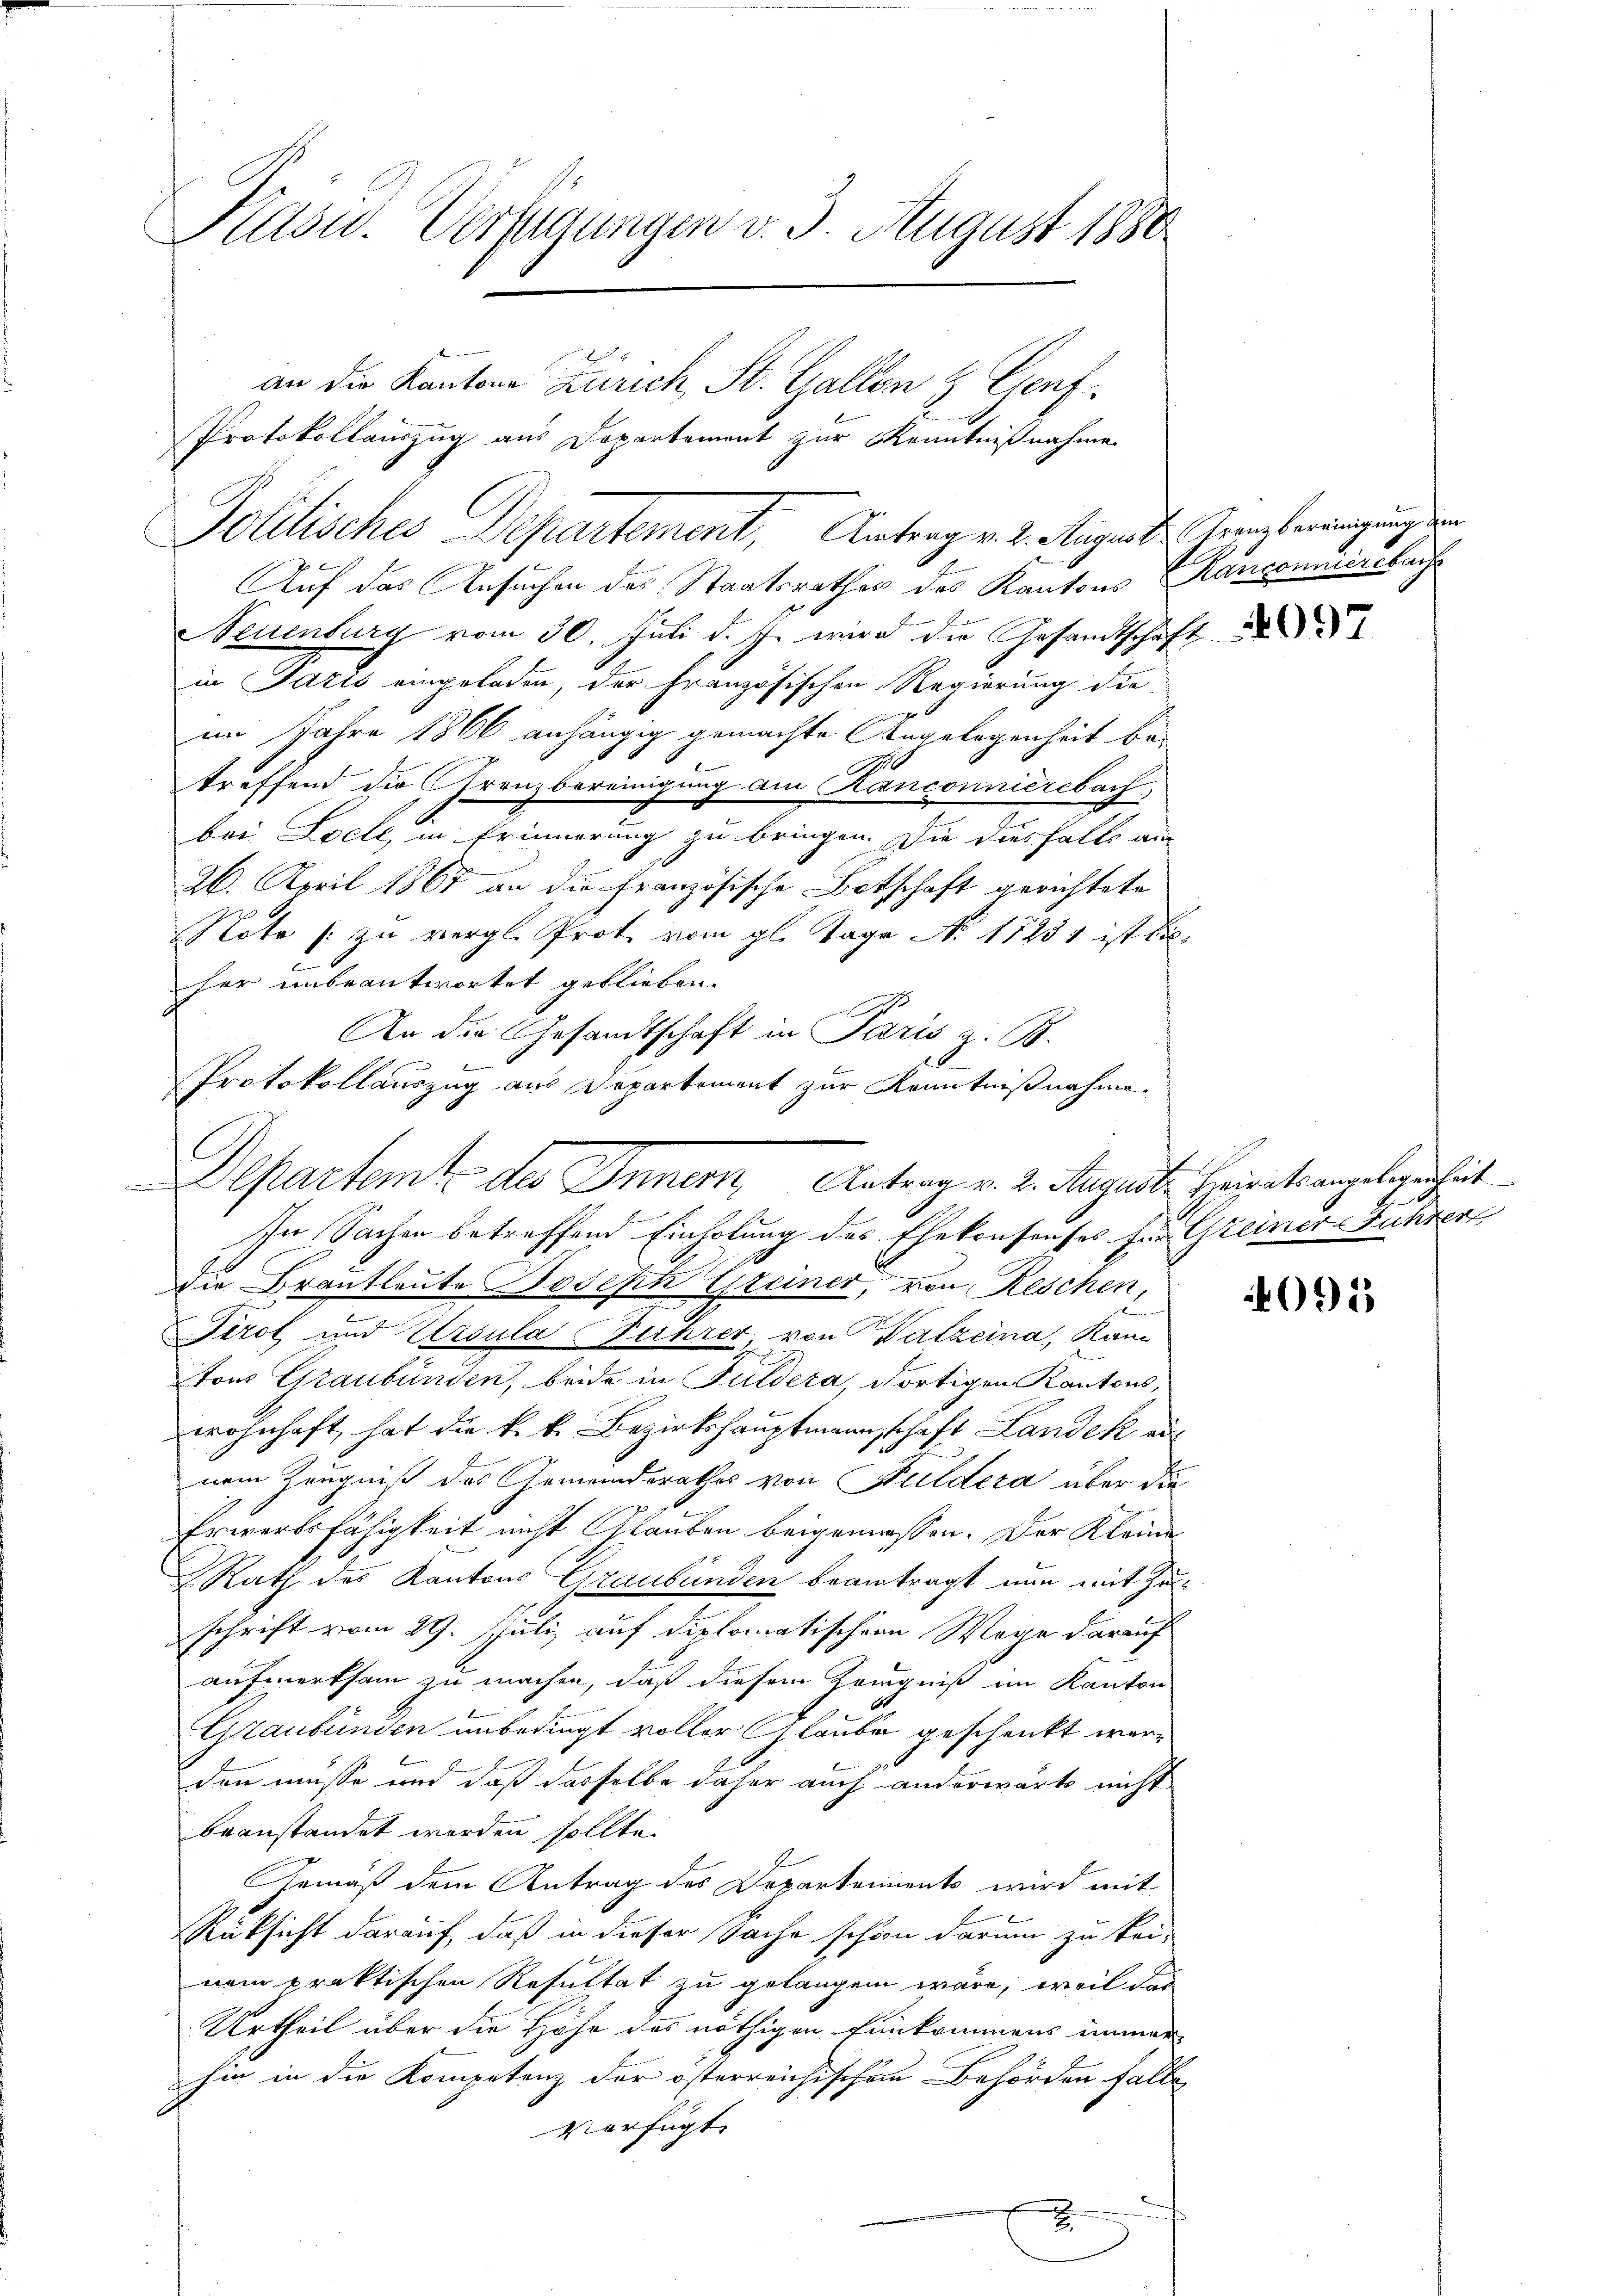
Kasw. Verfügungen v. 3. August 1880
an die Kantone Zürich, St. Gallen & Genf
Protokollauszug aus Departement zur Kenntnißnahme

Auf das Ansuchen des Staatsrathes des Kantons Ranconiersbach
Neuenburg vom 30. Juli d. J. wird die Gesandtschaft
in Jazić eingeladen, der Französischen Regierung die
im Jahre 1866 anhängig gemachte Angelegenheit be-
i
b
treffend die Grenzbereinigung am Kanconnierebach,
bei Loell, in Erinnerung zu bringen. Die diesfalls an
26. April 1867 an die Französische Botschaft gerichtete
Note zu vergl. Prot. vom gl. Tage No. 17251 ist bilher unbeantwortet geblieben.
An die Gesandtschaft in Paris z. B.
b
e
die Brautleute Joseph Greiner, von Reschen,
Tirol und Ursula Fuhrer von Walzeina, Kann
tons Graubünden, beide in Fuldera, dortigen Kantons,
wohnhaft hat die k. k. Bezirkshauptmannschaft Landek aus
nem Zeugniß des Gemeinderathes von Hildera über die
.
4
Erwerbsfähigkeit nicht Glauben beigemessen. Der Kleine
Rath des Kantons Graubünden beantragt nun mit Zuschrift vom 29. Juli auf diplomatischen Wege darauf
aufmerksam zu machen, daß diesem Zeugniß im Kanton
Graubünden unbedingt voller laube geschenkt wer¬
E
den müsse und daß dasselbe daher auch anderwärts nicht
beanstandet werden sollte.
Gemäß dem Antrag des Departements wird mit
Rüksicht darauf, daß in dieser Sache schon darum zu kei-
nem praktischen Resultat zu gelangen wäre, weil das
Urtheil über die Höhe des nöthigen Einkommens immerhin in die Kompetenz der österreichischen Behörden falle
verfügt:
x

Jolitisches Departement, Antrag v. 2. August Jungbereinigung ein

Protokollauszug aus Departement zur Kenntnißnahme.
Departemt des Innern, Antrag v. 2. August Heirat angelegenheit
In Sachen betreffend Einholung des Ehekonsenses für Greiner Fuhrer

4095